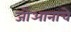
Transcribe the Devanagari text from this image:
जोआनाचे